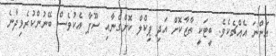
އަންނަ އެއްޗެކެވެ. ބީޓަކީ ތާޒާކޮށް އަދި ޕިކްލް ކޮށްގެނާއި ސޫޕާ އެކުވެސް ބޭނުންކުރެވިދާނެ